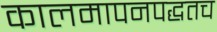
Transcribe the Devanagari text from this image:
कालमापनपद्धतच